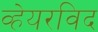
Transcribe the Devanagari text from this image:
व्हेयरविद